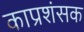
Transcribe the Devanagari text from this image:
काप्रशंसक